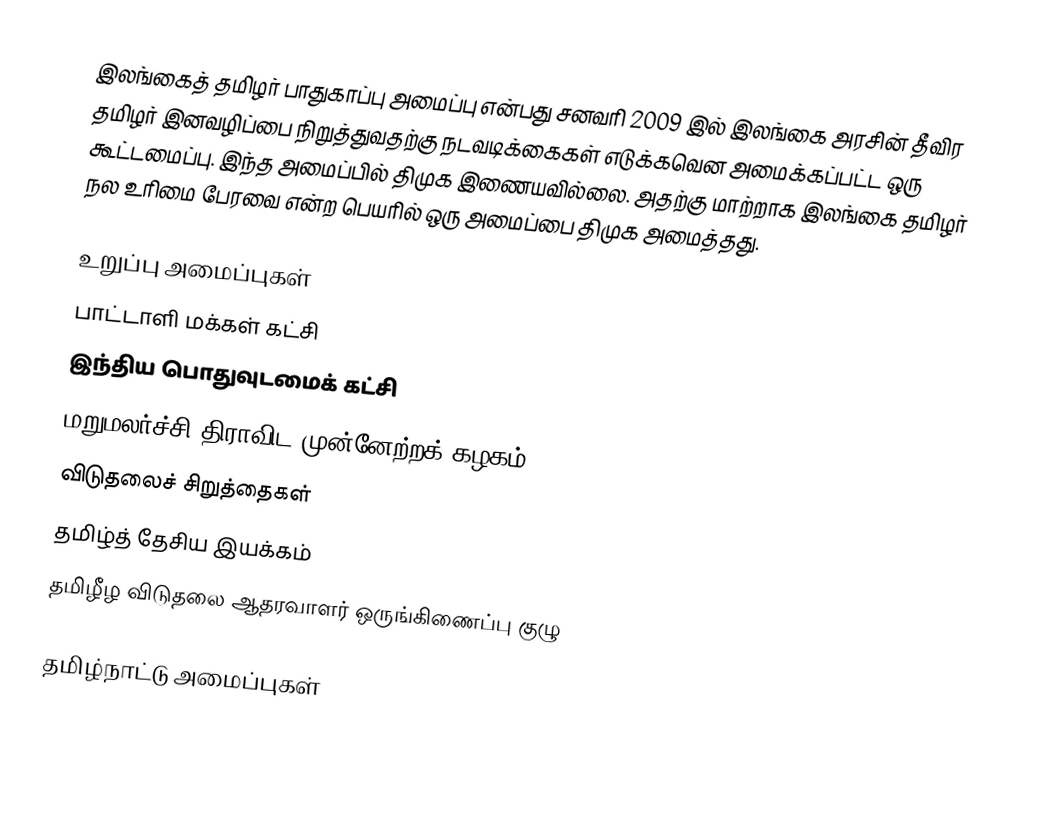
இலங்கைத் தமிழர் பாதுகாப்பு அமைப்பு என்பது சனவரி 2009 இல் இலங்கை அரசின் தீவிர தமிழர் இனவழிப்பை நிறுத்துவதற்கு நடவடிக்கைகள் எடுக்கவென அமைக்கப்பட்ட ஒரு கூட்டமைப்பு.  இந்த அமைப்பில் திமுக இணையவில்லை. அதற்கு மாற்றாக இலங்கை தமிழர் நல உரிமை பேரவை என்ற பெயரில் ஒரு அமைப்பை திமுக அமைத்தது.

உறுப்பு அமைப்புகள்
 பாட்டாளி மக்கள் கட்சி
 இந்திய பொதுவுடமைக் கட்சி
 மறுமலர்ச்சி திராவிட முன்னேற்றக் கழகம்
 விடுதலைச் சிறுத்தைகள்
 தமிழ்த் தேசிய இயக்கம்
 தமிழீழ விடுதலை ஆதரவாளர் ஒருங்கிணைப்பு குழு

தமிழ்நாட்டு அமைப்புகள்